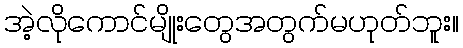
အဲ့လိုကောင်မျိုးတွေအတွက်မဟုတ်ဘူး။